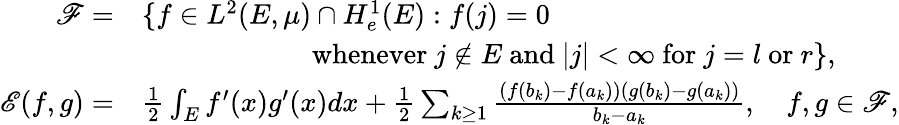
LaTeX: \begin{array}{rl}{{\mathscr F}=}&{\{ f\in L^{2}(E,\mu)\cap H_{e}^{1}(E):f(j)=0}\\ &{\qquad\qquad\qquad\mathrm{whenever~}j\notin E\mathrm{~and~}|j|<\infty\mathrm{~for~}j=l\mathrm{~or~}r\} ,}\\ {{\mathscr E}(f,g)=}&{\frac{1}{2}\int_{E}f^{\prime}(x)g^{\prime}(x)dx+\frac{1}{2}\sum_{k\geq 1}\frac{(f(b_{k})-f(a_{k}))(g(b_{k})-g(a_{k}))}{b_{k}-a_{k}},\quad f,g\in{\mathscr F},}\end{array}